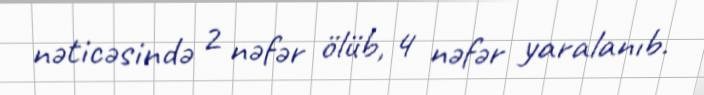
nəticəsində 2 nəfər ölüb, 4 nəfər yaralanıb.